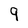
Character: 9